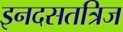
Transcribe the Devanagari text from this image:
इनदसतत्रिज